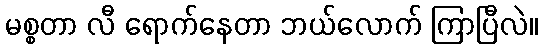
မစ္စတာ လီ ရောက်နေတာ ဘယ်လောက် ကြာပြီလဲ။